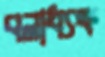
বলাধ্যক্ষ